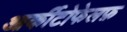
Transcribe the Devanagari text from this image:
आर्कीटोफेलफ़